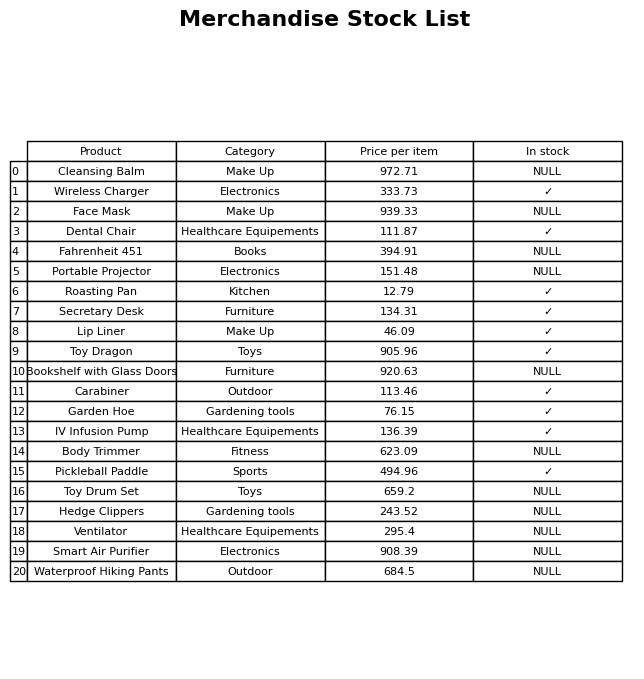
question: What is the price of the Toy Drum Set?
answer: The price of Toy Drum Set is 659.2.